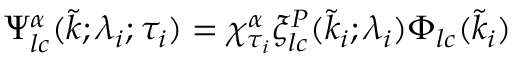
\Psi _ { l c } ^ { \alpha } ( \tilde { k } ; \lambda _ { i } ; \tau _ { i } ) = \chi _ { \tau _ { i } } ^ { \alpha } \xi _ { l c } ^ { P } ( \tilde { k } _ { i } ; \lambda _ { i } ) \Phi _ { l c } ( \tilde { k } _ { i } )